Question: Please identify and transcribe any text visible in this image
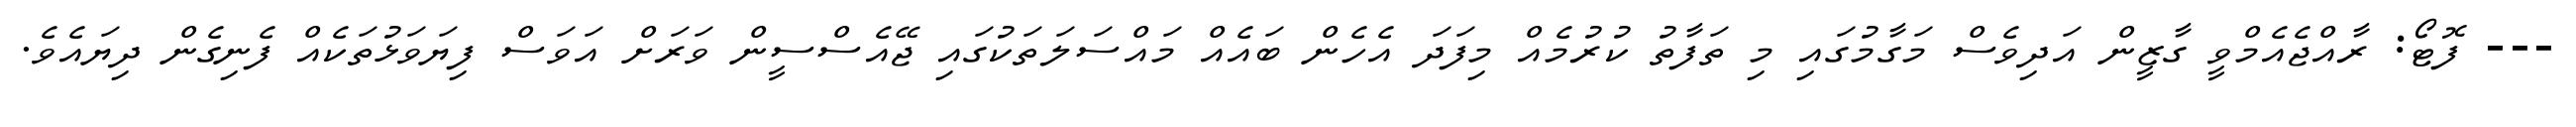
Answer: --- ފޮޓޯ: ރާއްޖެއެމްވީ ގާޒީން އަދިވެސް މަގާމުގައި މި ތަފާތު ކުރުމެއް މިފަދަ އެހެން ބައެއް މައްސަލަތަކުގައި ޖޭއެސްސީން ވަރަށް އަވަސް ފިޔަވަޅުތަކެއް ފެނިގެން ދިޔައެވެ.